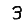
Digit: 3